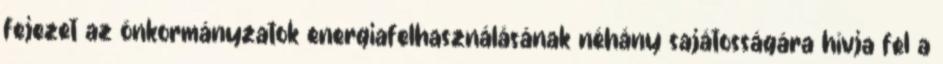
fejezet az önkormányzatok energiafelhasználásának néhány sajátosságára hívja fel a